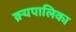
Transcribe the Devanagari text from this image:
क्र्यपालिका